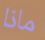
ماذا